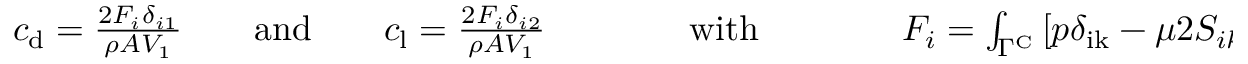
\begin{array} { r } { c _ { \mathrm { d } } = \frac { 2 F _ { i } \delta _ { i 1 } } { \rho A V _ { 1 } } \quad \quad \mathrm { a n d } \quad \quad c _ { \mathrm { l } } = \frac { 2 F _ { i } \delta _ { i 2 } } { \rho A V _ { 1 } } \qquad \qquad \mathrm { w i t h } \qquad \qquad F _ { i } = \int _ { \Gamma ^ { \mathrm { C } } } \left[ p \delta _ { \mathrm { i k } } - \mu 2 S _ { i k } \right] n _ { \mathrm { k } } \, \mathrm { d } \Gamma \, . } \end{array}